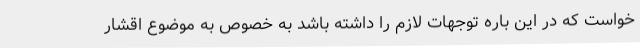
خواست که در این باره توجهات لازم را داشته باشد به خصوص به موضوع اقشار